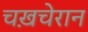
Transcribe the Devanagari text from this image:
चख़चेरान